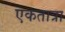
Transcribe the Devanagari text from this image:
एकतात्रा